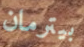
بيترمان